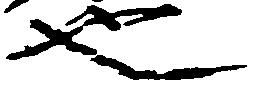
也